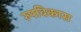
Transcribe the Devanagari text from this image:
रुपविकास